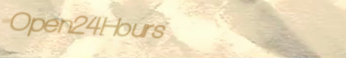
Open24Hours